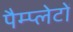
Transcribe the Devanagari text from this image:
पैम्प्लेटों